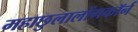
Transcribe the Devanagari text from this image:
महाछुलालोंगकॉर्न